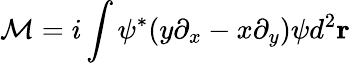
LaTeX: {\cal M}=i\int\psi^{*}(y\partial_{x}-x\partial_{y})\psi d^{2}\mathbf{r}